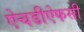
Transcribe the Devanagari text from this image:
ऐचडीऐफसी